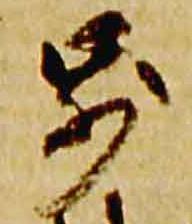
歩